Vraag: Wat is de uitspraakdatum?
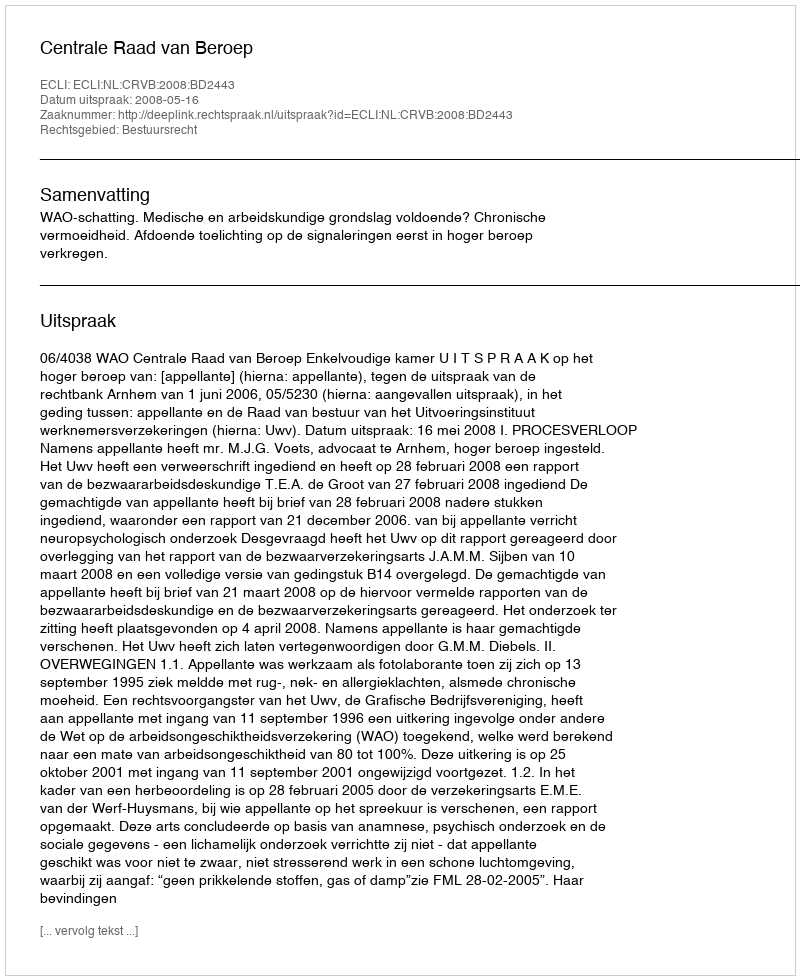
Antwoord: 2008-05-16